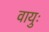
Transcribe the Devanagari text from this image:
वायुः